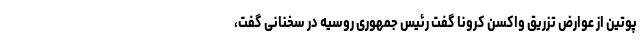
پوتین از عوارض تزریق واکسن کرونا گفت رئیس جمهوری روسیه در سخنانی گفت،